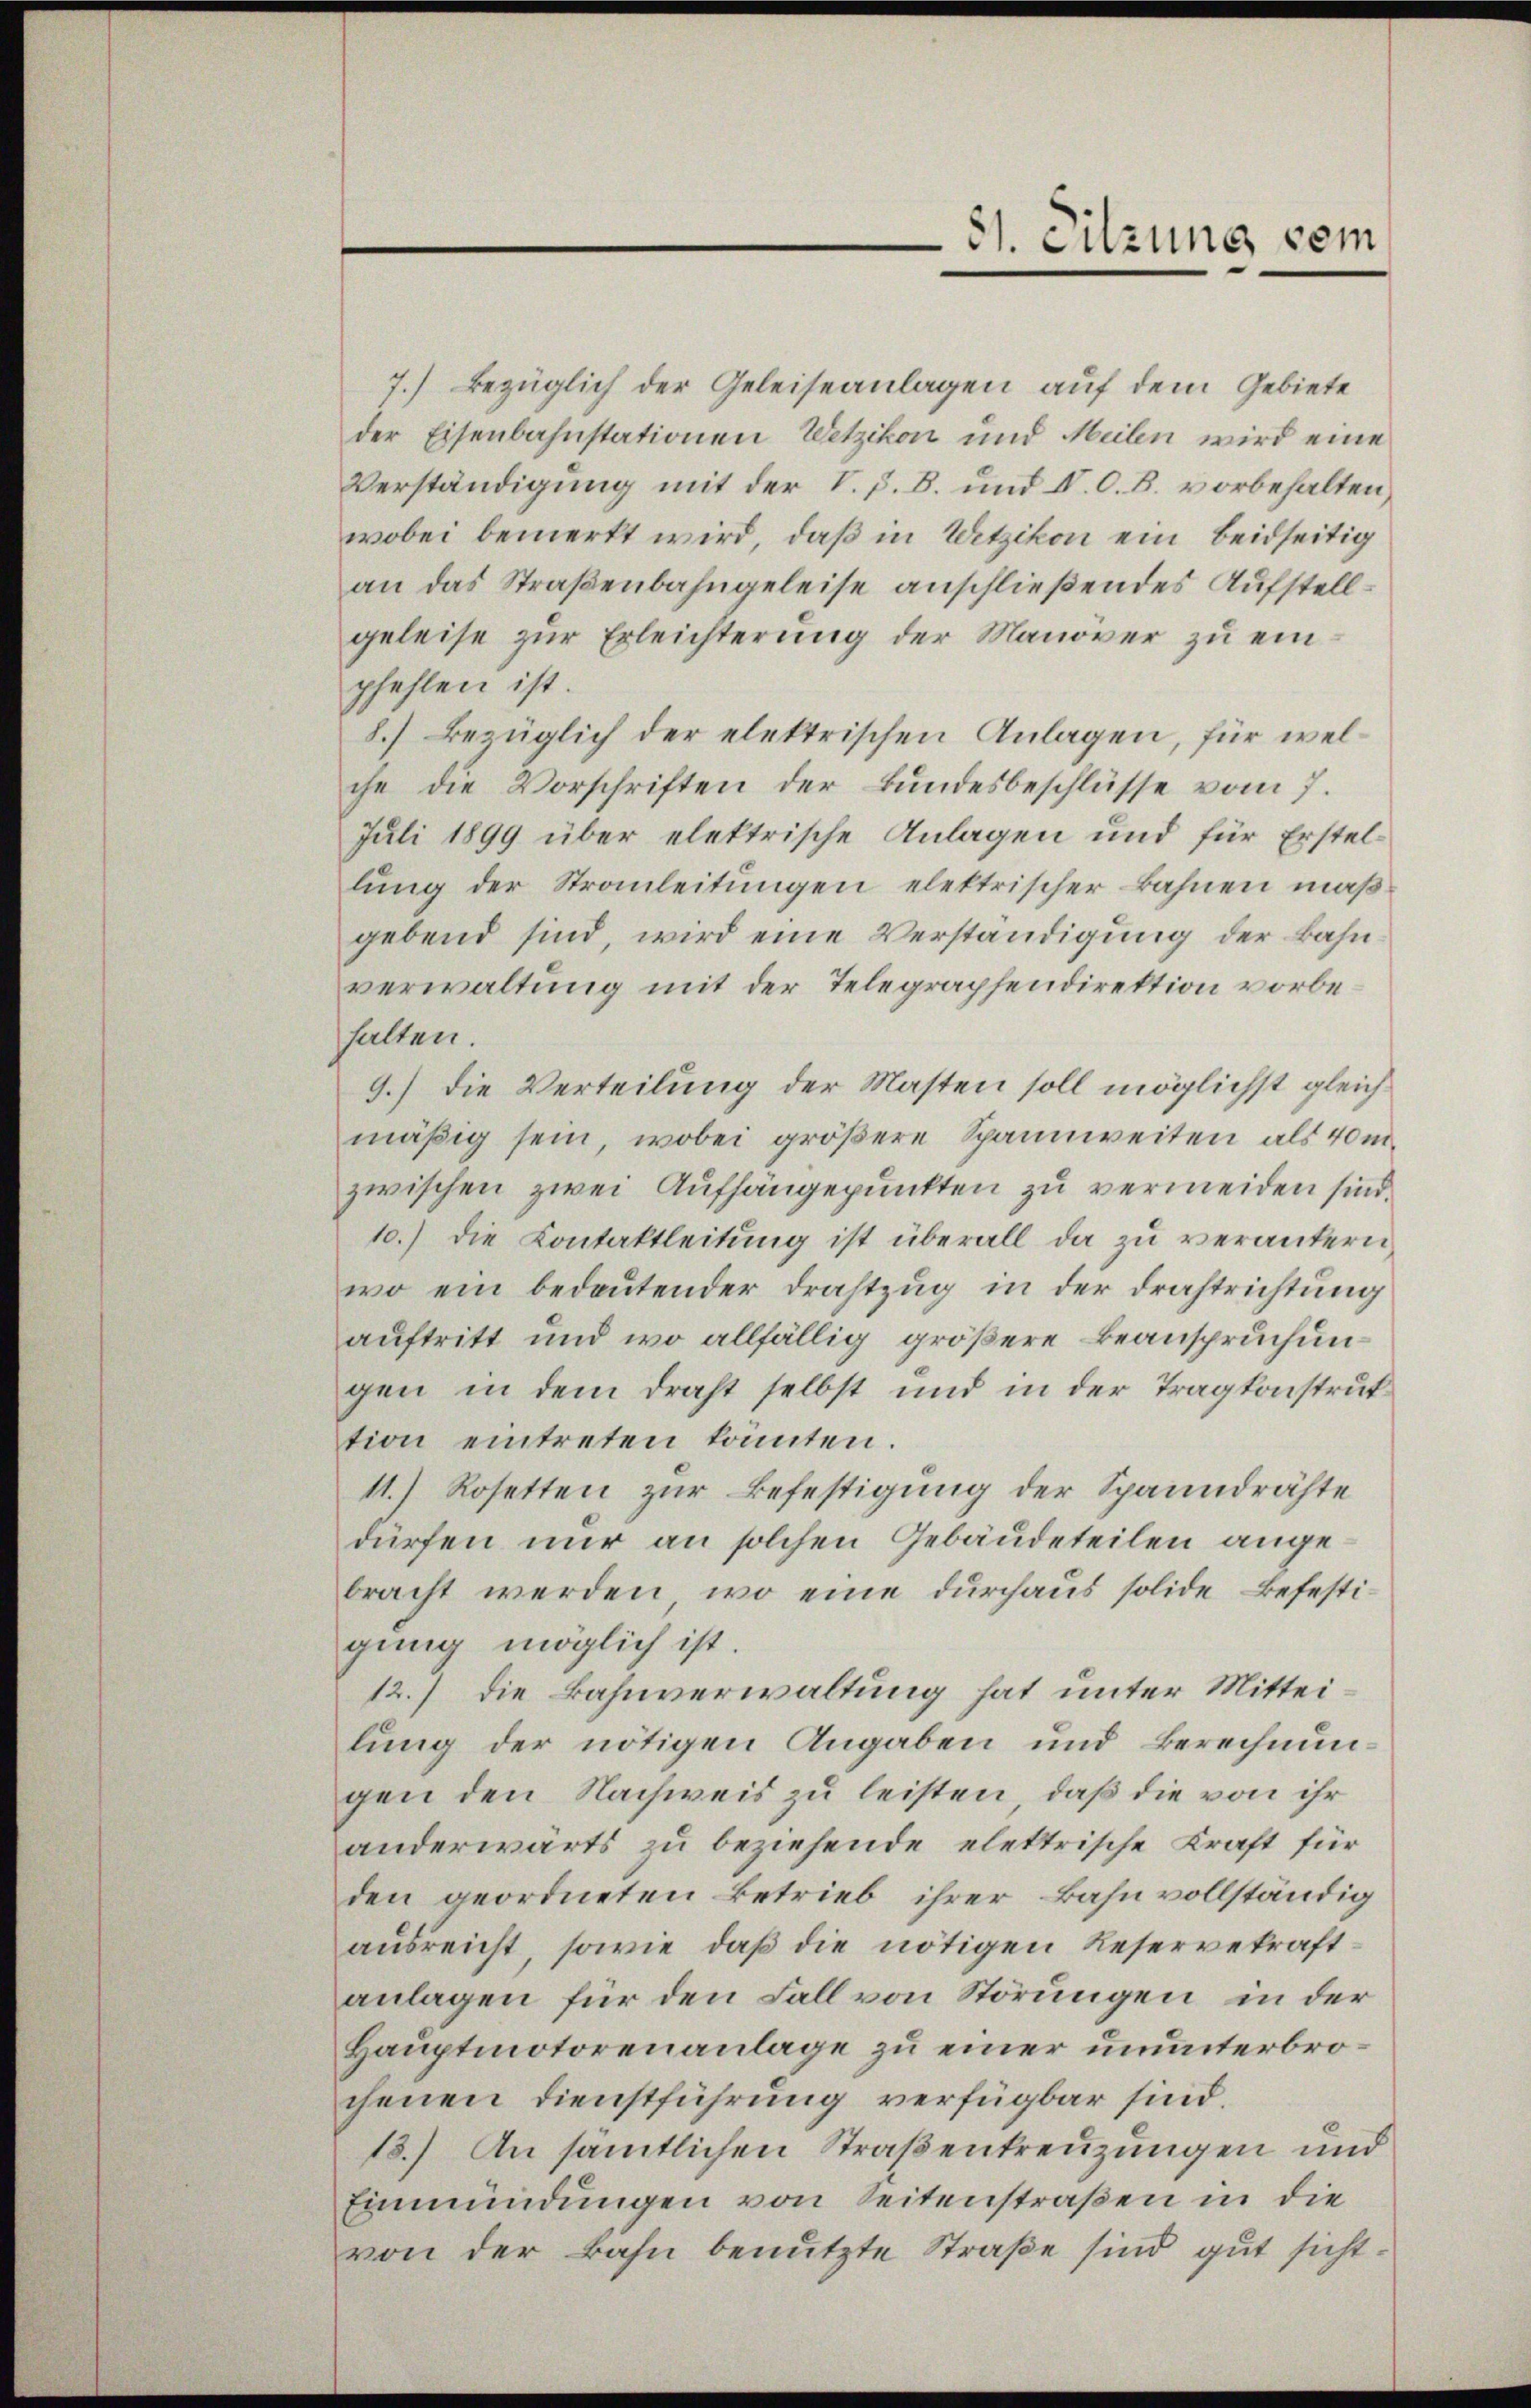
81. Sitzung vom

7.) Bezüglich der Geleiseanlagen auf dem Gebiete
der Eisenbahnstationen Wetzikon und Meilen wird eine
Verständigung mit der V. P. B. und IV. O. B. vorbehalten,
wobei bemerkt wird, daß in Wetzikon ein beidseitig
an das Straßenbahngeleise anschließendes Aufstellgeleise zur Erleichterung der Manover zu einpfehlen ist.
8.) Bezüglich der elektrischen Anlagen, für welche die Vorschriften der Bundesbeschlüsse vom 7.
Juli 1899 über elektrische Anlagen und für Erstellung der Strauleitungen elektrischer Bahnen maßgebend sind, wird eine Verständigung der Bahn
verwaltung mit der Telegraphendirektion vorbehalten.
9.) Die Verteilung der Masten soll möglichst gleichmäßig sein, wobei größere Spannweiten als 40m.
zwischen zwei Aufhängepunkten zu vermeiden sind.
10.) Die Contaktleitung ist überall da zu verantern,
wo ein bedeutender Drahtzug in der Drahtrichtung
auftritt und wo allfällig größere Beanspruchungen in dem Draht selbst und in der Tragkonstruktion eintreten könnten.
11.) Rosetten zur Befestigung der Spanndrähte
dürfen nur an solchen Gebäudeteilen angebracht werden, wo eine durchaus solide Befestigung möglich ist.
12.) Die Bahnverwaltung hat unter Mitteilung der nötigen Angaben und Berechnungen den Nachweis zu leisten, daß die von ihr
anderwärts zu beziehende elektrische Kraft für
den geordneten Betrieb ihrer Bahn vollständig
ausreicht, sowie daß die nötigen Reservekraftanlagen für den Fall von Störungen in der
Hauptmotorenanlage zu einer ununterbrochenen Dienstführung verfügbar sind.
18.) An sämtlichen Straßenkreuzungen und
Einmündungen von Seitenstraßen in die
von der Bahn benutzte Straße sind gut sicht¬